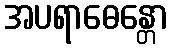
အပရာဓေန္တော